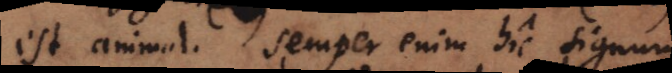
est animal. Semper enim hic signum